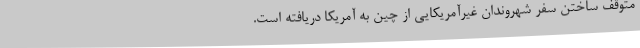
متوقف ساختن سفر شهروندان غیرآمریکایی از چین به آمریکا دریافته است.